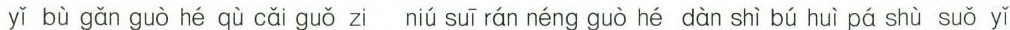
yǐ bù gǎn guò hé qù cǎi guǒ zi niú suī rán néng guò hé dàn shì bú huì pá shù suǒ yǐ